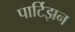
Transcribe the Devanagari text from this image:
पार्टिझन